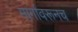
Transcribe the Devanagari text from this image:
मार्गावरूनच